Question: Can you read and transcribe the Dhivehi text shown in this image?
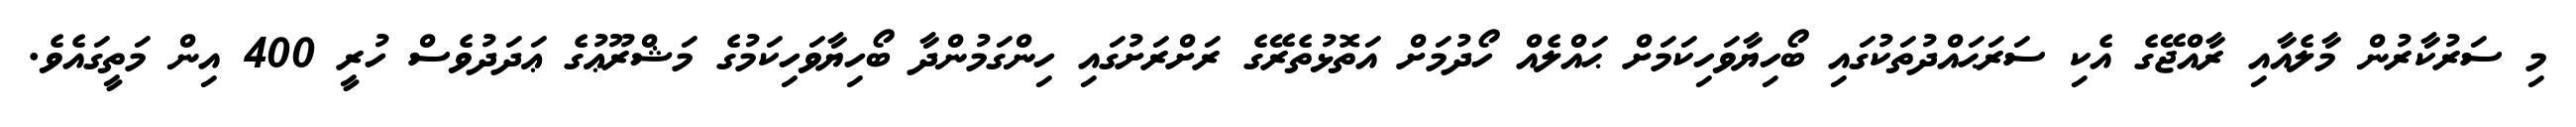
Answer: މި ސަރުކާރުން މާލެއާއި ރާއްޖޭގެ އެކި ސަރަޙައްދުތަކުގައި ބޯހިޔާވަހިކަމަށް ޙައްލެއް ހޯދުމަށް އަތޮޅުތެރޭގެ ރަށްރަށުގައި ހިންގަމުންދާ ބޯހިޔާވަހިކަމުގެ މަޝްރޫޢުގެ ޢަދަދުވެސް ހުރީ 400 އިން މަތީގައެވެ.